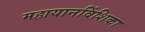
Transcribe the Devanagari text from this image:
महायानविंशिका